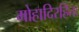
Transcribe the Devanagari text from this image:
मोहादिरहितः